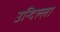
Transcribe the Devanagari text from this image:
उन्दिल्ला